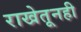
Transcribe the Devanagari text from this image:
राखेतूनही